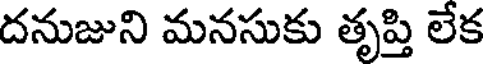
దనుజుని మనసుకు తృప్తి లేక